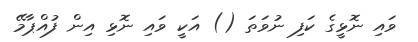
ވައި ނޮޅީގެ ކަފި ނުވަތަ () އަކީ ވައި ނޮޅި އިން ފުއްޕާމޭ